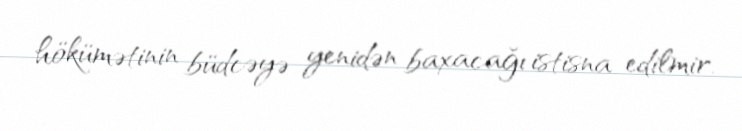
hökümətinin büdcəyə yenidən baxacağı istisna edilmir.